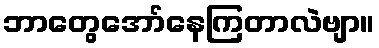
ဘာတွေအော်နေကြတာလဲဗျာ။